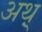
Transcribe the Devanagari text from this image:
अथ़्